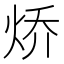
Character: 𮳧